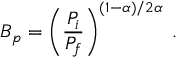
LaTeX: B _ { p } = \left( \frac { P _ { i } } { P _ { f } } \right) ^ { ( 1 - \alpha ) / 2 \alpha } \; .